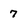
Character: 7